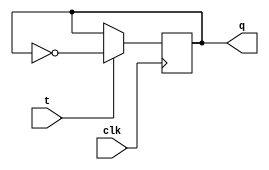
module t_latch (
    input t,
    input clk,
    output reg q
);

reg d;

always @ (posedge clk) begin
    if (t) begin
        d <= ~q;
    end
end

assign q = d;

endmodule